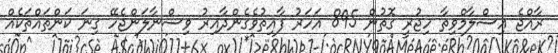
ރާއްޖެ އިސްލާމްވިތާ ހިޖުރީ ގޮތުން 895 އަހަރު ފާއިތުވެގެންދާއިރު ވިސްނާލަންޖެހޭ ގިނަ ކަންތައްތަކެއް